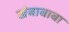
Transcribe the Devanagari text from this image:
खंबाबाबा